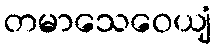
တမာသေဝေယျံ